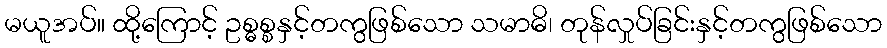
မယူအပ်။ ထို့ကြောင့် ဥစ္ဓစ္စနှင့်တကွဖြစ်သော သမာဓိ၊ တုန်လှုပ်ခြင်းနှင့်တကွဖြစ်သော